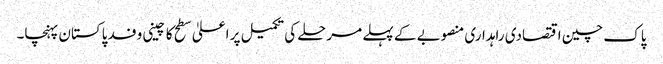
پاک چین اقتصادی راہداری منصوبے کے پہلے مرحلے کی تکمیل پر اعلیٰ سطح کا چینی وفد پاکستان پہنچا۔